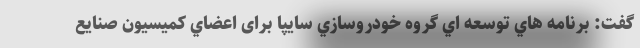
گفت: برنامه هاي توسعه اي گروه خودروسازي سايپا برای اعضاي كميسيون صنايع